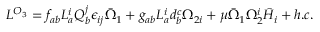
{ \cal L } ^ { { \cal O } _ { 3 } } = f _ { a b } L _ { a } ^ { i } Q _ { b } ^ { j } \epsilon _ { i j } \bar { \Omega } _ { 1 } + g _ { a b } L _ { a } ^ { i } d _ { b } ^ { c } \Omega _ { 2 i } + \mu \bar { \Omega } _ { 1 } \Omega _ { 2 } ^ { i } \bar { H } _ { i } + h . c .